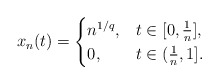
\begin{align*}x_n(t) = \begin{cases} n^{1/q}, & t\in [0,\frac{1}{n}], \cr 0, & t\in(\frac{1}{n},1]. \end{cases}\end{align*}